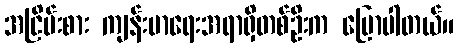
အငြိမ်းစား ကျန်းမာရေးအရာရှိတစ်ဦးက ပြောပါတယ်။